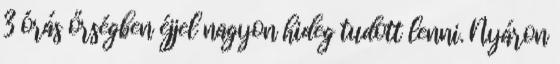
3 órás őrségben éjjel nagyon hideg tudott lenni. Nyáron